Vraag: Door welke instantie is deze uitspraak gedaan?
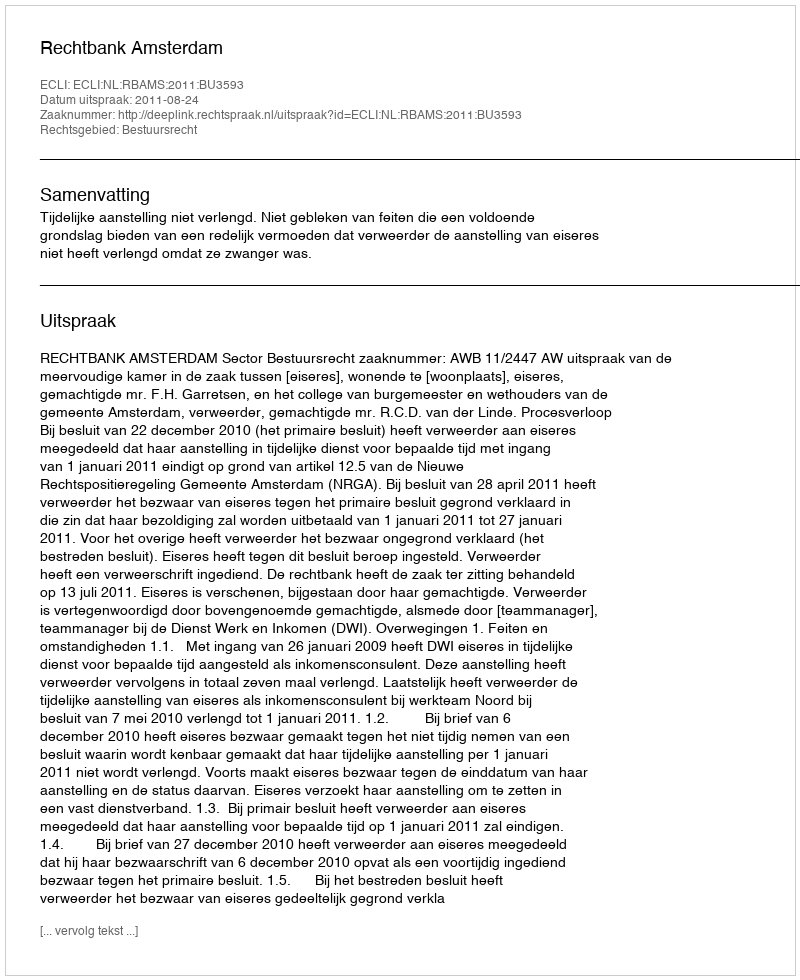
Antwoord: Rechtbank Amsterdam